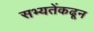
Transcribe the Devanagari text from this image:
सभ्यतेंकढून